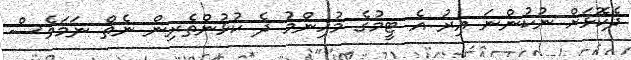
ދެކޮޅަށް ނުކުންނަ އިރު އެ ޓީމުގެ މުހިންމު ދެ ކުޅުންތެރިން ނެތް ނަމަވެސް